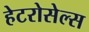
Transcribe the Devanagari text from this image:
हेटरोसेल्स